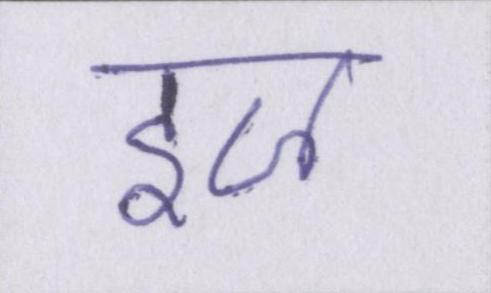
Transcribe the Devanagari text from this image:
इज